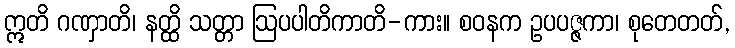
ဣတိ ဂဏှာတိ၊ နတ္ထိ သတ္တာ ဩပပါတိကာတိ-ကား။ စဝနက ဥပပဇ္ဇကာ၊ စုတေတတ်,